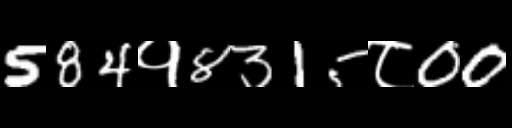
Text: 584१8315८00